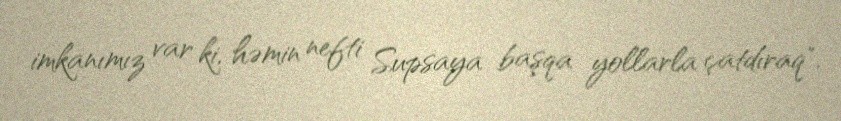
imkanımız var ki, həmin nefti Supsaya başqa yollarla çatdıraq".